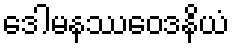
ဒေါမနဿဝေဒနိယံ